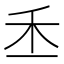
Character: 𥝍